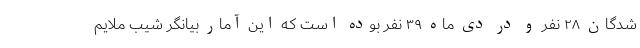
شدگان ۲۸ نفر و در دی ماه ۳۹ نفر بوده است که این آمار بیانگر شیب ملایم